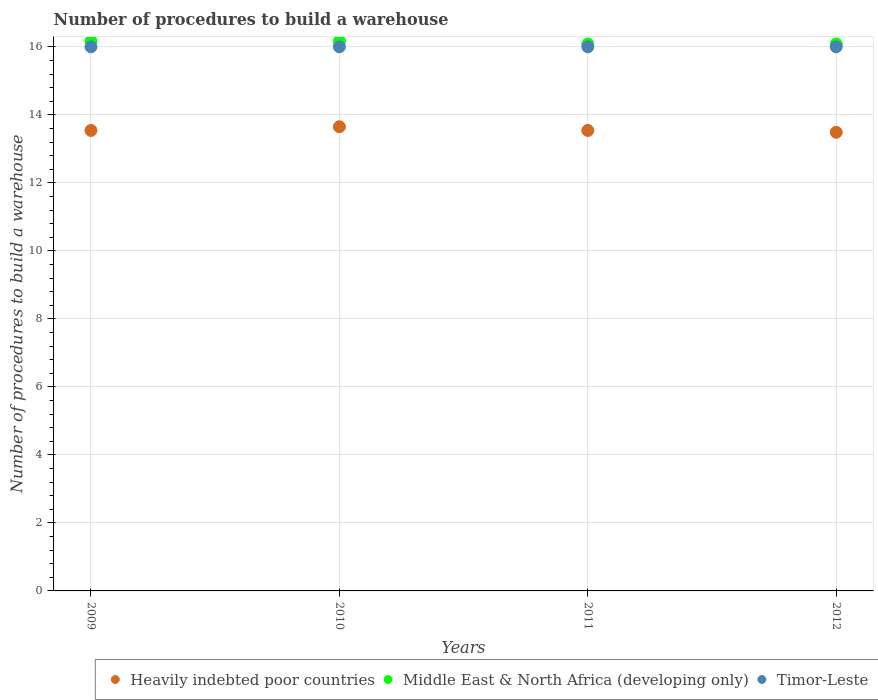
| Years | Heavily indebted poor countries | Middle East & North Africa (developing only) | Timor-Leste |
 | --- | --- | --- | --- |
 | 2009 | 13.5 | 16.2 | 16 |
 | 2010 | 13.6 | 16.2 | 16 |
 | 2011 | 13.5 | 16.1 | 16 |
 | 2012 | 13.5 | 16.1 | 16 |